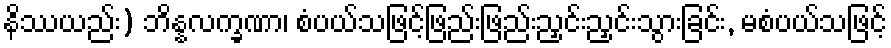
နိဿယည်း) ဘိန္နလက္ခဏာ၊ စံပယ်သဖြင့်ဖြည်းဖြည်းညှင်းညှင်းသွားခြင်း, မစံပယ်သဖြင့်